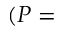
( P =